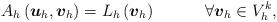
LaTeX: \begin{align*}A_h\left(\boldsymbol{u}_h,\boldsymbol{v}_h\right)=L_h\left(\boldsymbol{v}_h\right)~~~~~~~~~\forall \boldsymbol{v}_h\in V_h^k,\end{align*}